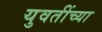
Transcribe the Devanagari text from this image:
युवतींच्या